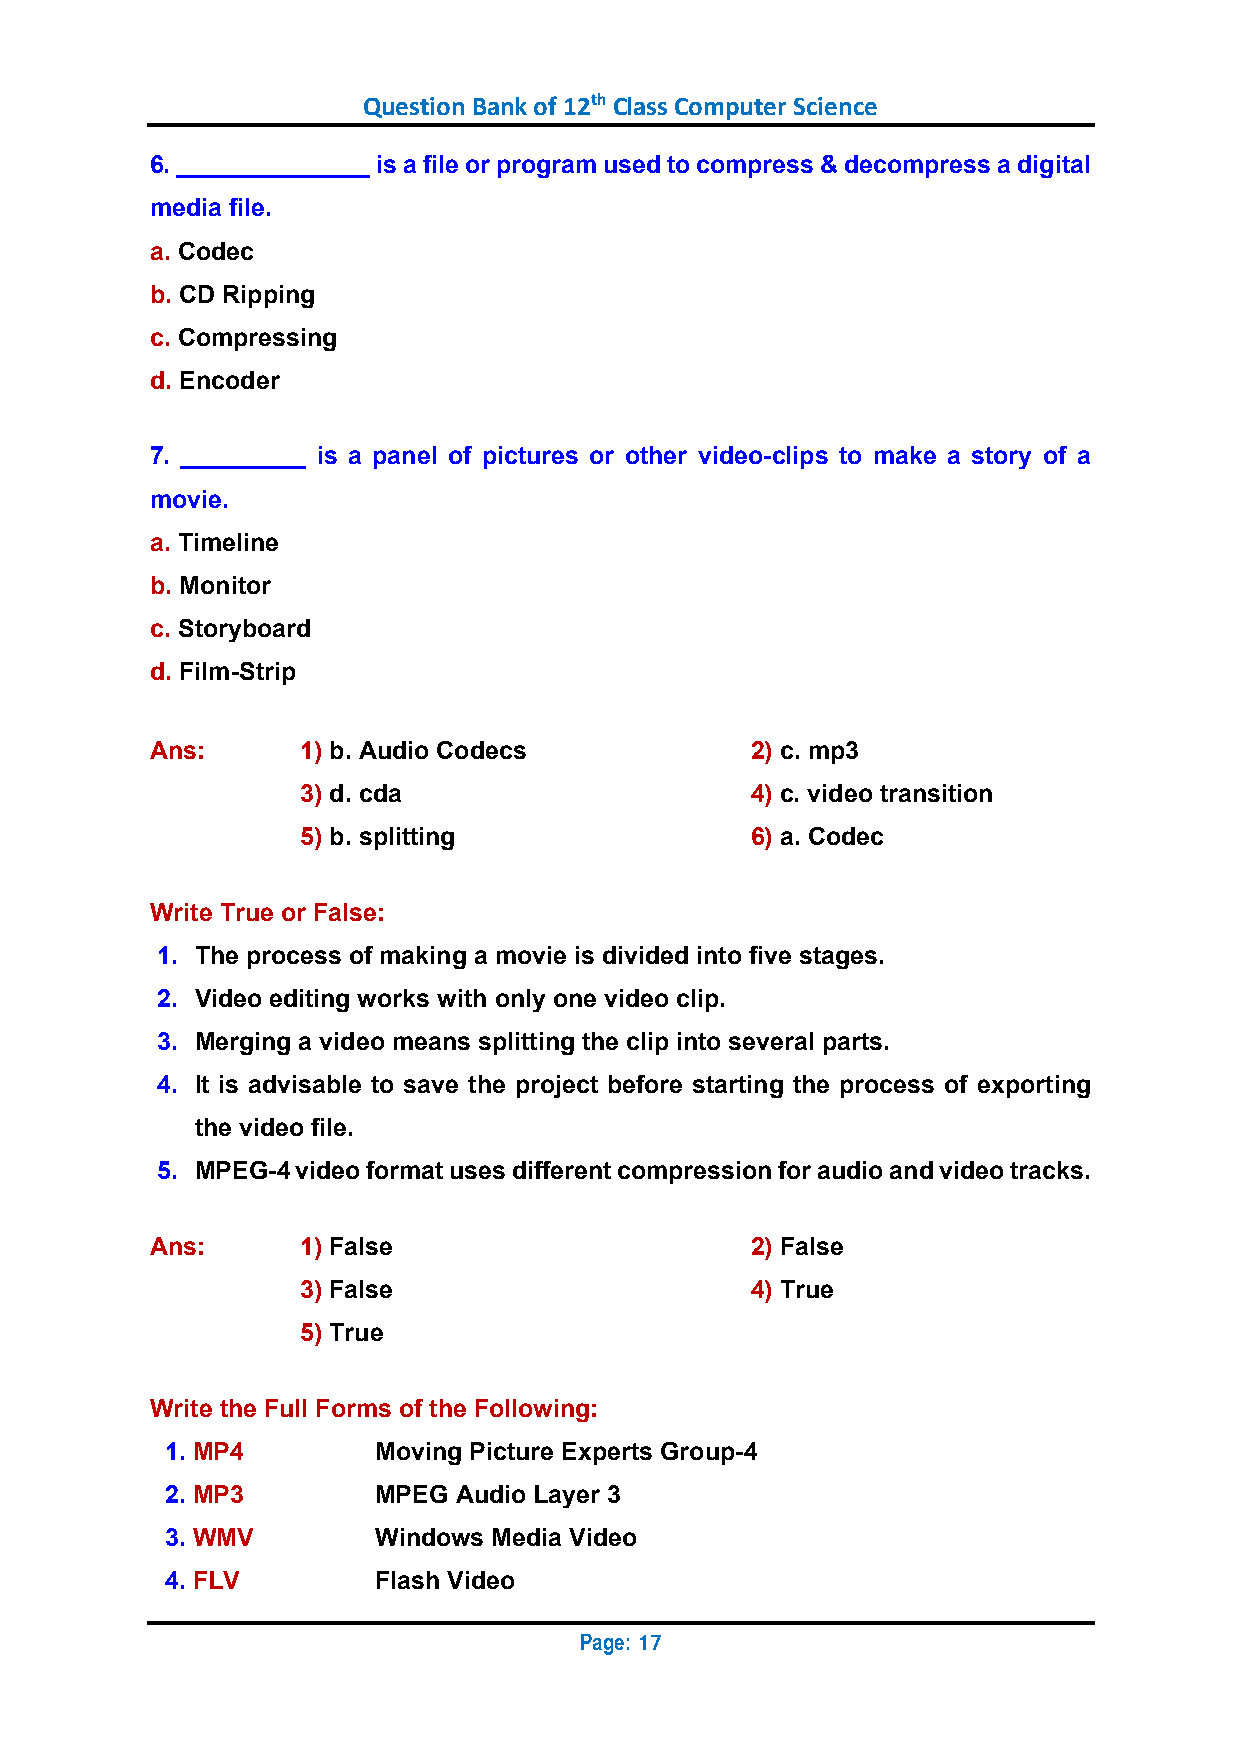
Question Bank of 12th Class Computer Science
 6. ______________ is a file or program used to compress & decompress a digital
 media file.
 a. Codec
 b. CD Ripping
 c. Compressing
 d. Encoder
 7. _________ is a panel of pictures or other video-clips to make a story of a
 movie.
 a. Timeline
 b. Monitor
 c. Storyboard
 d. Film-Strip
 Ans:      1) b. Audio Codecs            2) c. mp3
 3) d. cda                     4) c. video transition
 5) b. splitting               6) a. Codec
 Write True or False:
 1. The process of making a movie is divided into five stages.
 2. Video editing works with only one video clip.
 3. Merging a video means splitting the clip into several parts.
 4. It is advisable to save the project before starting the process of exporting
 the video file.
 5. MPEG-4 video format uses different compression for audio and video tracks.
 Ans:      1) False                      2) False
 3) False                      4) True
 5) True
 Write the Full Forms of the Following:
 1. MP4        Moving Picture Experts Group-4
 2. MP3        MPEG Audio Layer 3
 3. WMV        Windows Media Video
 4. FLV        Flash Video
 Page:
 17